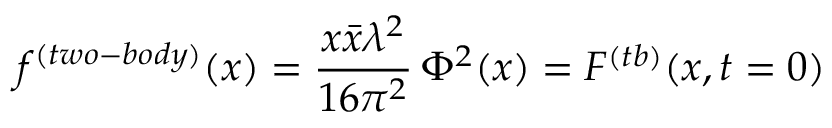
f ^ { ( t w o - b o d y ) } ( x ) = \frac { x \bar { x } \lambda ^ { 2 } } { 1 6 \pi ^ { 2 } } \, \Phi ^ { 2 } ( x ) = { \cal F } ^ { ( t b ) } ( x , t = 0 )